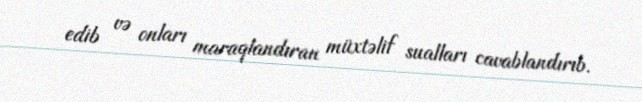
edib və onları maraqlandıran müxtəlif sualları cavablandırıb.